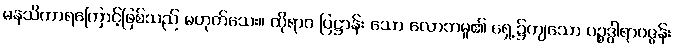
မနသိကာရကြောင့်ဖြစ်သည် မဟုတ်သေး။ ထိုရာဂ ပြဋ္ဌာန်း သော လောဘမူ၏ ရှေ့၌ကျသော ပဉ္စဒွါရာဝဇ္ဇန်း